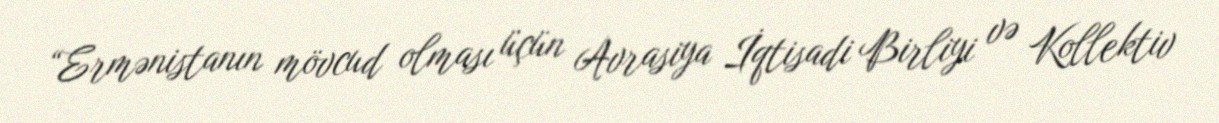
“Ermənistanın mövcud olması üçün Avrasiya İqtisadi Birliyi və Kollektiv